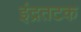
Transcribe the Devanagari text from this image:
इंद्रतटक